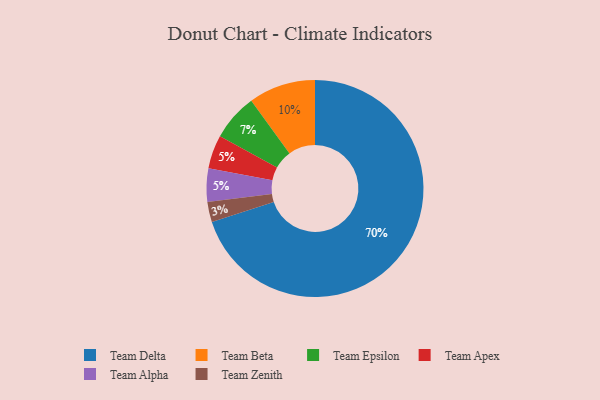
{"axis": {"x": "Category", "y": "Percentage"}, "legend": ["Team Alpha", "Team Apex", "Team Beta", "Team Delta", "Team Epsilon", "Team Zenith"], "data": [{"x": "Team Apex", "y": 5, "type": "Team Apex"}, {"x": "Team Zenith", "y": 3, "type": "Team Zenith"}, {"x": "Team Epsilon", "y": 7, "type": "Team Epsilon"}, {"x": "Team Beta", "y": 10, "type": "Team Beta"}, {"x": "Team Delta", "y": 70, "type": "Team Delta"}, {"x": "Team Alpha", "y": 5, "type": "Team Alpha"}]}